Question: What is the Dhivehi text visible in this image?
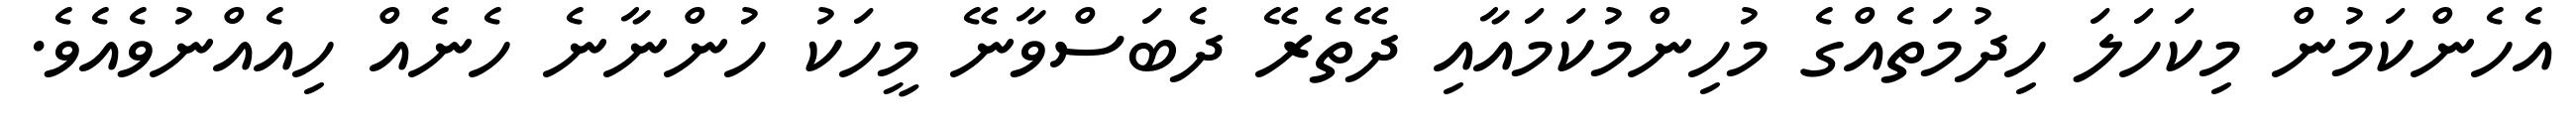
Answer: އެހެންކަމުން މިކަހަލަ ހިދުމަތެއްގެ މުހިންމުކަމައާއި ދޭތެރޭ ދެބަސްވާނޭ މީހަކު ހުންނާނެ ހެނެއް ހިއެއްނުވެއެވެ.